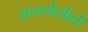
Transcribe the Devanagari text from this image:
आयसीसीव्ही